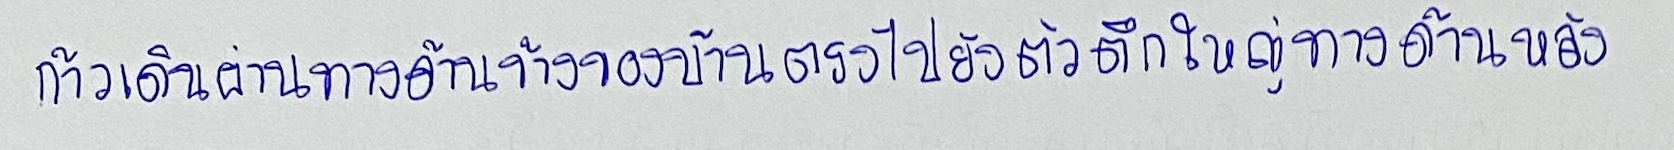
ก้าวเดินผ่านทางด้านข้างของบ้านตรงไปยังตัวตึกใหญ่ทางด้านหลัง